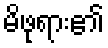
မိဖုရား၏